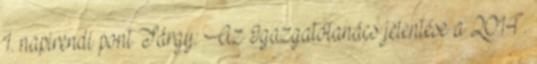
1. napirendi pont Tárgy: Az Igazgatótanács jelentése a 2014.